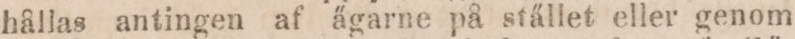
hållas antingen af ägarne på stället eller genom